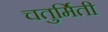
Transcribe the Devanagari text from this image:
चतुर्मिती